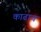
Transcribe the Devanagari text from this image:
काढाच